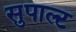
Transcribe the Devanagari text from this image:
सुपाल्ट